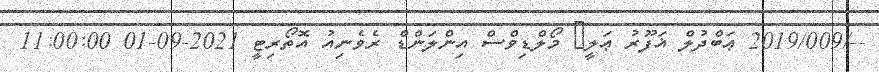
--/2019/009 ޢަބްދުލް ޣަފޫރު ޢަލީ	 މޯލްޑިވްސް އިންލަންޑް ރެވެނިއު އޮތޯރިޓީ 2021-09-01 11:00:00